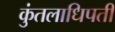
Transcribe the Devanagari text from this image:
कुंतलाधिपती